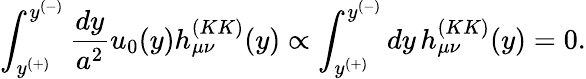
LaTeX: \int_{y^{(+)}}^{y^{(-)}}{\frac{dy}{a^{2}}}u_{0}(y)h_{\mu\nu}^{(KK)}(y)\propto\int_{y^{(+)}}^{y^{(-)}}dy\, h_{\mu\nu}^{(KK)}(y)=0.